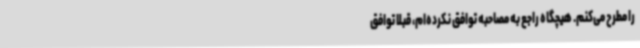
را مطرح می‌کنم. هیچگاه راجع به مصاحبه توافق نکرده‌ام، قبلا توافق